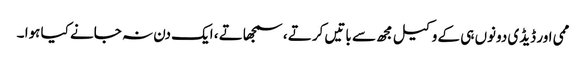
ممی اور ڈیڈی دونوں ہی کے وکیل مجھ سے باتیں کرتے ، سمجھاتے ، ایک دن نہ جانے کیا ہوا ۔